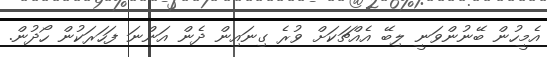
އެމީހުން ބޭނުންވަނީ ލިބޭ އެއްޗަކަށް ވުރެ ގިނައިން ދެން އަންނަ ފަހަރަކުން ހޯދުން.